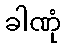
ခါဏုံ